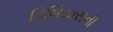
ડિબિયાસની